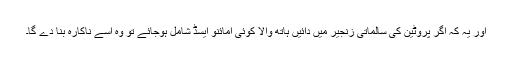
اور یہ کہ اگر پروٹین کی سالماتی زنجیر میں دائیں ہاتھ والا کوئی امائنو ایسڈ شامل ہوجائے تو وہ اسے ناکارہ بنا دے گا۔